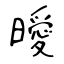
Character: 曖